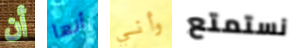
أن أنها وأني نستمتع